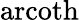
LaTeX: \operatorname{arcoth}